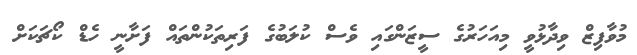
މުވާފިޒް ވިދާޅުވީ މިއަހަރުގެ ސީޒަންގައި ވެސް ކުލަބުގެ ފަރިތަކުންތައް ފަށާނީ ހެޑް ކޯޗަކަށް